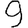
Digit: 9